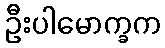
ဦးပါမောက္ခက